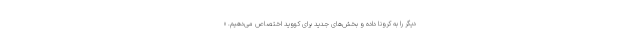
دیگر را به کرونا داده و بخش‌های جدید برای کووید اختصاص می‌دهیم. «